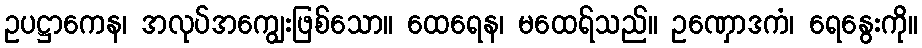
ဥပဋ္ဌာကေန၊ အလုပ်အကျွေးဖြစ်သော။ ထေရေန၊ မထေရ်သည်။ ဥဏှောဒကံ၊ ရေနွေးကို။